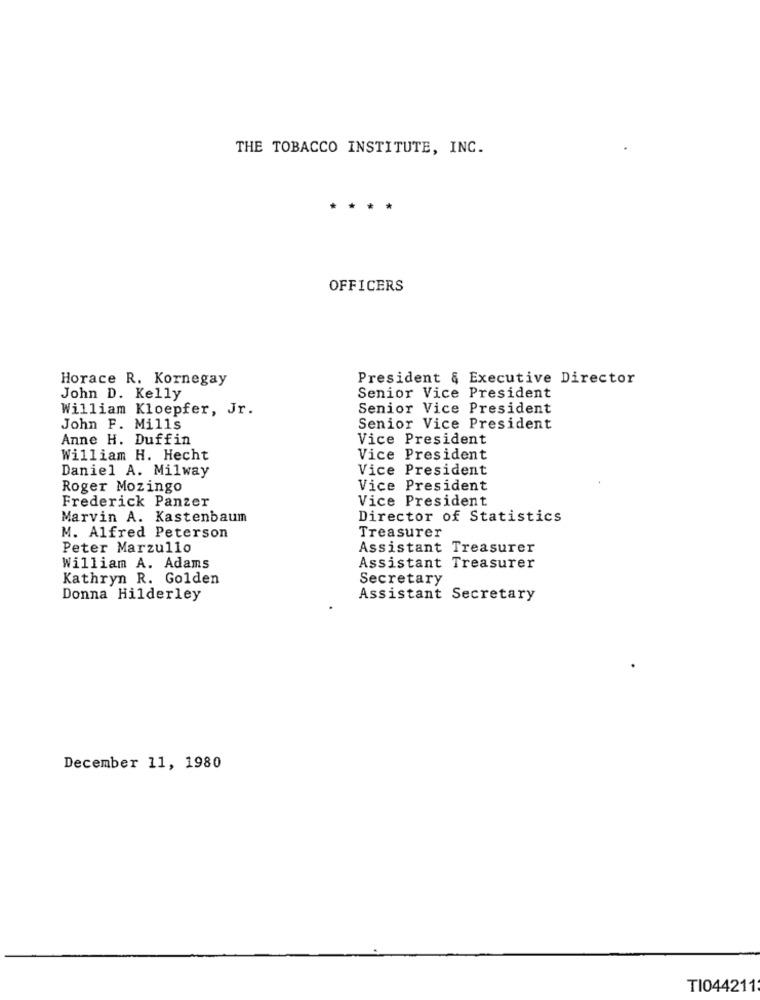
THE TOBACCO INSTITUTE, INC.
** *
OFFICERS
Horace R. Kornegay
President & Executive Director
John D. Kelly
Senior Vice President
William Kloepfer, Jr.
Senior Vice President
John F. Mills
Senior Vice President
Anne H. Duffin
Vice President
William H. Hecht
Vice President
Daniel A. Milway
Vice President
Roger Mozingo
Vice President
Frederick Panzer
Vice President
Marvin A. Kastenbaum
Director of Statistics
M. Alfred Peterson
Treasurer
Peter Marzullo
Assistant Treasurer
William A. Adams
Assistant Treasurer
Kathryn R. Golden
Secretary
Donna Hilderley
Assistant Secretary
December 11, 1980
TI044211